Report of the Municipal Commissioner on the plague in Bombay for the year ending 31st May... - Volume 1
Disease focus: Plague
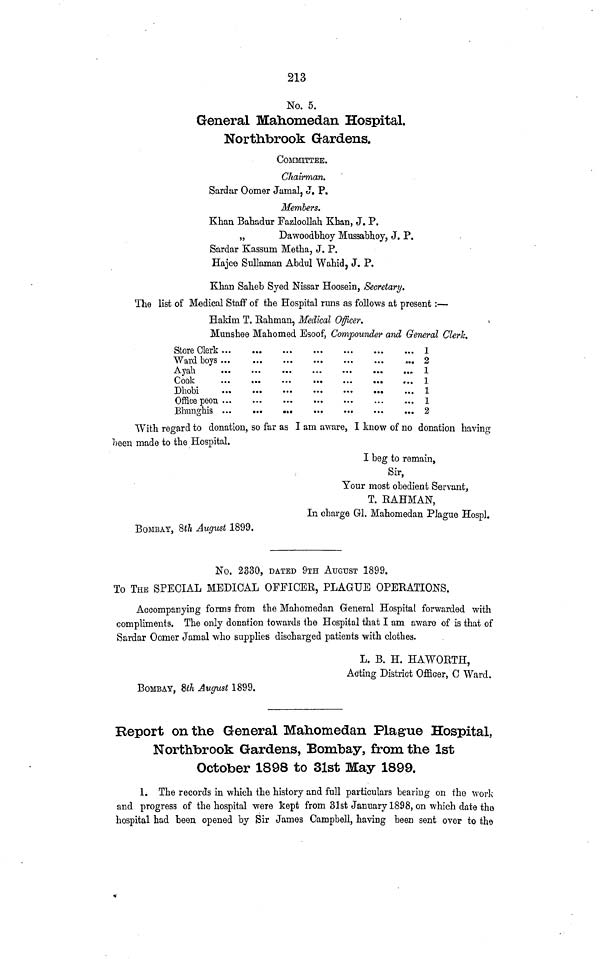
213
No. 5.
General Mahomedan Hospital.
Northbrook Gardens.
COMMITTEE.
Chairman.
Sardur Oomer Jamal, J. P.
Members.
Khan Bahadur Fazloollah Khan, J. P.
„
Dawoodbhoy Mussabhoy, J. P.
Sardar Kassum Metha, J. P.
Hajee Sullaman Abdul Wahid, J. P.
Khan Saheb Syed Nissar Hoosein, Secretary.
The list of Medical Staff of the Hospital runs as follows at present:—
Hakim T. Rahman, Medical Officer.
Munshee Mahamed Esoof. Compounder and General Clerk.
Store Clerk
Ward boys
Ayah
Cook
Dhobi
Office peon
Bhunghis
1
2
1
1
1
1
2
With regard to donation, so far as I am aware, I know of no donation having
been made to the Hospital.
I beg to remain,
Sir,
Your most obedient Servant,
T. RAHMAN,
In charge Gl. Mahomedan Plague Hospl.
BOMBAY, 8th August 1899.
No. 2330, DATED 9TH AUGUST 1899.
To THE SPECIAL MEDICAL OFFICER, PLAGUE OPERATIONS.
Accompanying forms from the Mahomedan General Hospital forwarded with
compliments. The only donation towards the Hospital that I am aware of is that of
Sardar Oomer Jamal who supplies discharged patients with clothes.
L. B. H. HAWORTH,
Acting District Officer, C Ward.
BOMBAY, 8th August 1899.
Report on the General Mahomedan Plague Hospital,
Northbrook Gardens, Bombay, from the 1st
October 1898 to 31st May 1899.
1. The records in which the history and full particulars bearing on the work
and progress of the hospital were kept from 31st January 1898, on which date the
hospital had been opened by Sir James Campbell, having been sent over to the